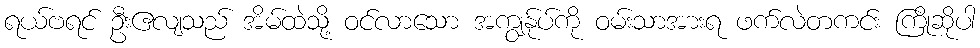
ရယ်ဗရင် ဦးဧလျသည် အိမ်ထဲသို့ ဝင်လာသော အကျွန်ုပ်ကို ဝမ်းသာအားရ ဖက်လဲတကင်း ကြိုဆိုပါ